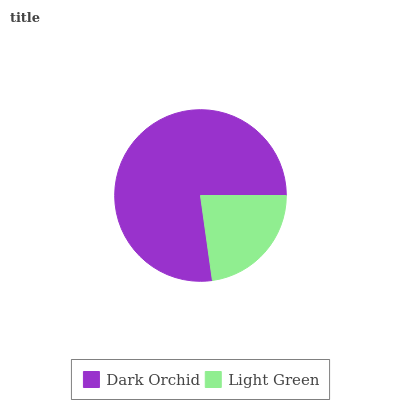
| Dark Orchid | Light Green |
 | --- | --- |
 | 77.2% | 22.8% |